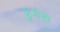
ફકરા